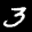
Label: 3